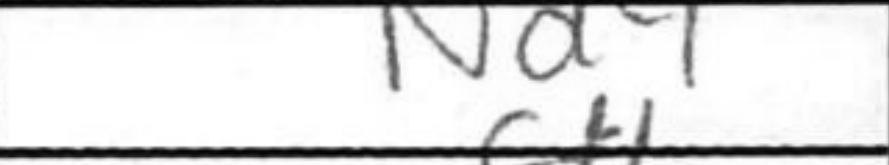
Transcription: Nd4